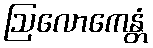
ဩလောကေန္တံ